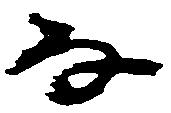
な